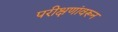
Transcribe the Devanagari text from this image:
परीक्षणांवरून